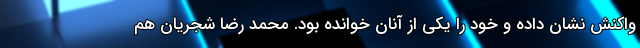
واکنش نشان داده و خود را یکی از آنان خوانده بود. محمد رضا شجریان هم